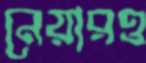
নেয়ারও